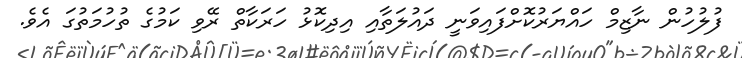
ފުލުހުން ނާޒިމް ހައްޔަރުކޮށްފައިވަނީ ދައުލަތާއި އިދިކޮޅު ހަރަކާތް ރޭވި ކަމުގެ ތުހުމަތުގަ އެވެ.